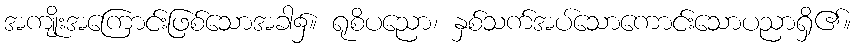
အကျိုးအကြောင်းဖြစ်သောအခါ၌။ ရုစိပညော၊ နှစ်သက်အပ်သောကောင်းသောပညာရှိ၏။